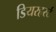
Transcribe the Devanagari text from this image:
डियरहर्स्ट